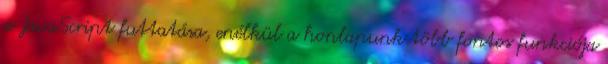
a JavaScript futtatása, enélkül a honlapunk több fontos funkciója